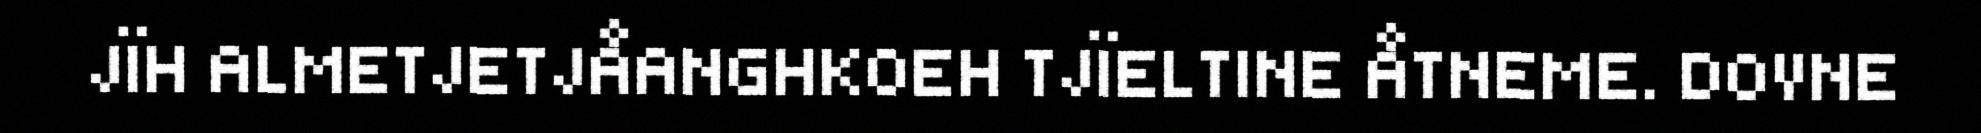
JÏH ALMETJETJÅANGHKOEH TJÏELTINE ÅTNEME. DOVNE